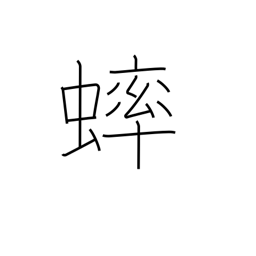
Meaning: grasshopper